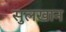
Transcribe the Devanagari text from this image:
सुलखान